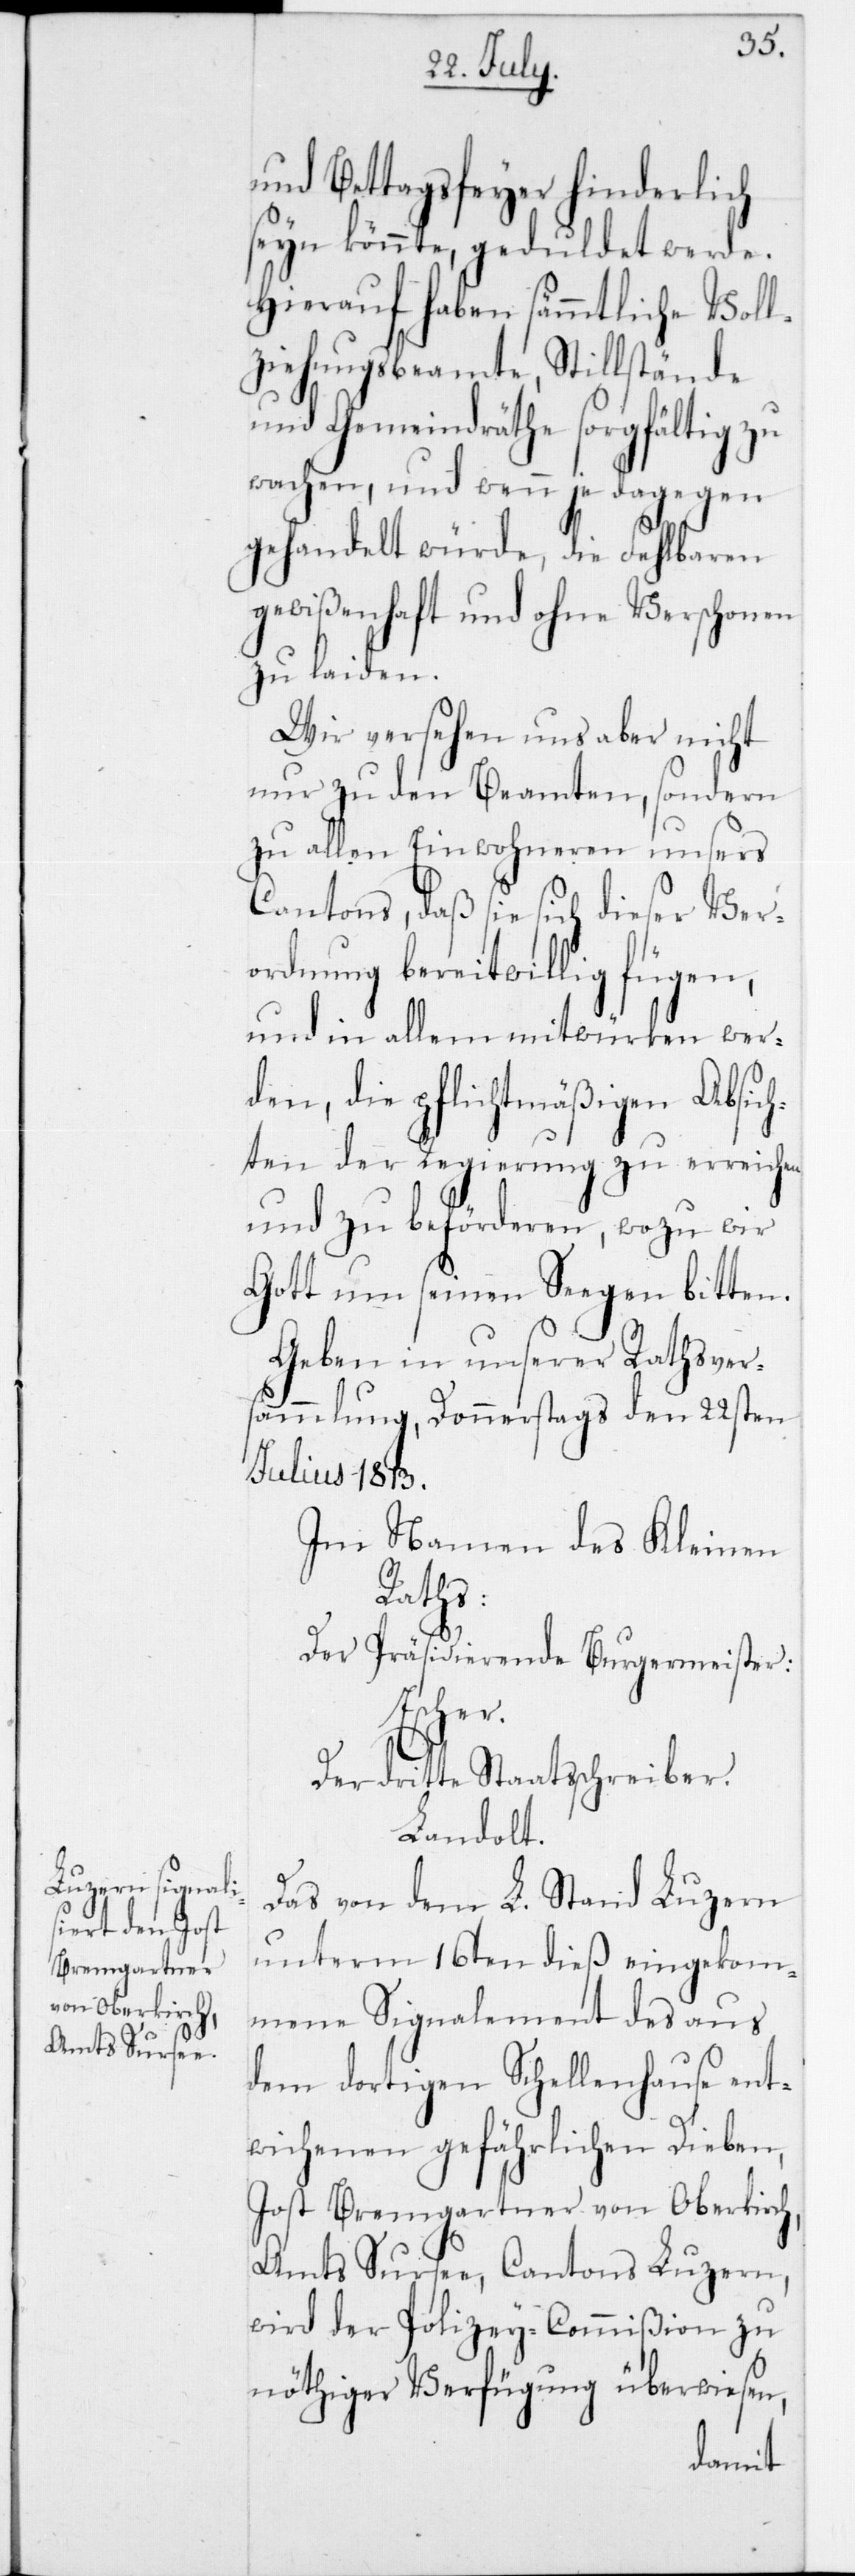
und Bettagsfeyer hinderlich
seyn könnte, geduldet werde.
Hierauf haben sämmtliche Voll¬
ziehungsbeamte, Stillstände
und Gemeindräthe sorgfältig zu
wachen, und wenn je dagegen
gehandelt würde, die Fehlbaren
gewißenhaft und ohne Verschonen
zu laiden.
Wir versehen uns aber nicht
nur zu den Beamten, sondern
zu allen Einwohneren unsers
Cantons, daß sie sich dieser Ver¬
ordnung bereitwillig fügen,
und in allem mitwürken wer¬
den, die pflichtmäßigen Absich¬
ten der Regierung zu erreichen
und zu beförderen, wozu wir
Gott um seinen Segen bitten.
Geben in unserer Rathsver¬
sammlung, Donnerstags den 22sten
Julius 1813.
Im Namen des Kleinen
Raths:
Der Präsidierende Burgermeister:
Escher.
Der dritte Staatsschreiber
Landolt.
Das von dem L. Stand Luzern
unterm 16ten dieß eingekom¬
mene Signalement des aus
dem dortigen Schellenhause ent¬
wichenen gefährlichen Dieben,
Jost Bremgartner von Oberkirch,
Amts Sursee, Cantons Luzern,
wird der Polizey-Commißion zu
nöthiger Verfügung überwiesen,